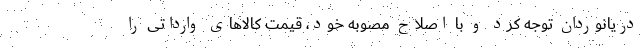
دریانوردان توجه کرد و با اصلاح مصوبه خود، قیمت کالاهای وارداتی را